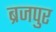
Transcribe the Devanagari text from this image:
ब्रजपुर